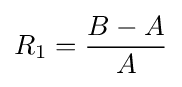
R_{1}={\frac {B-A}{A}}